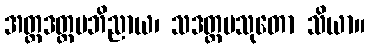
အတ္တဒတ္ထမဘိညာယ၊ သဒတ္ထပသုတော သိယာ။